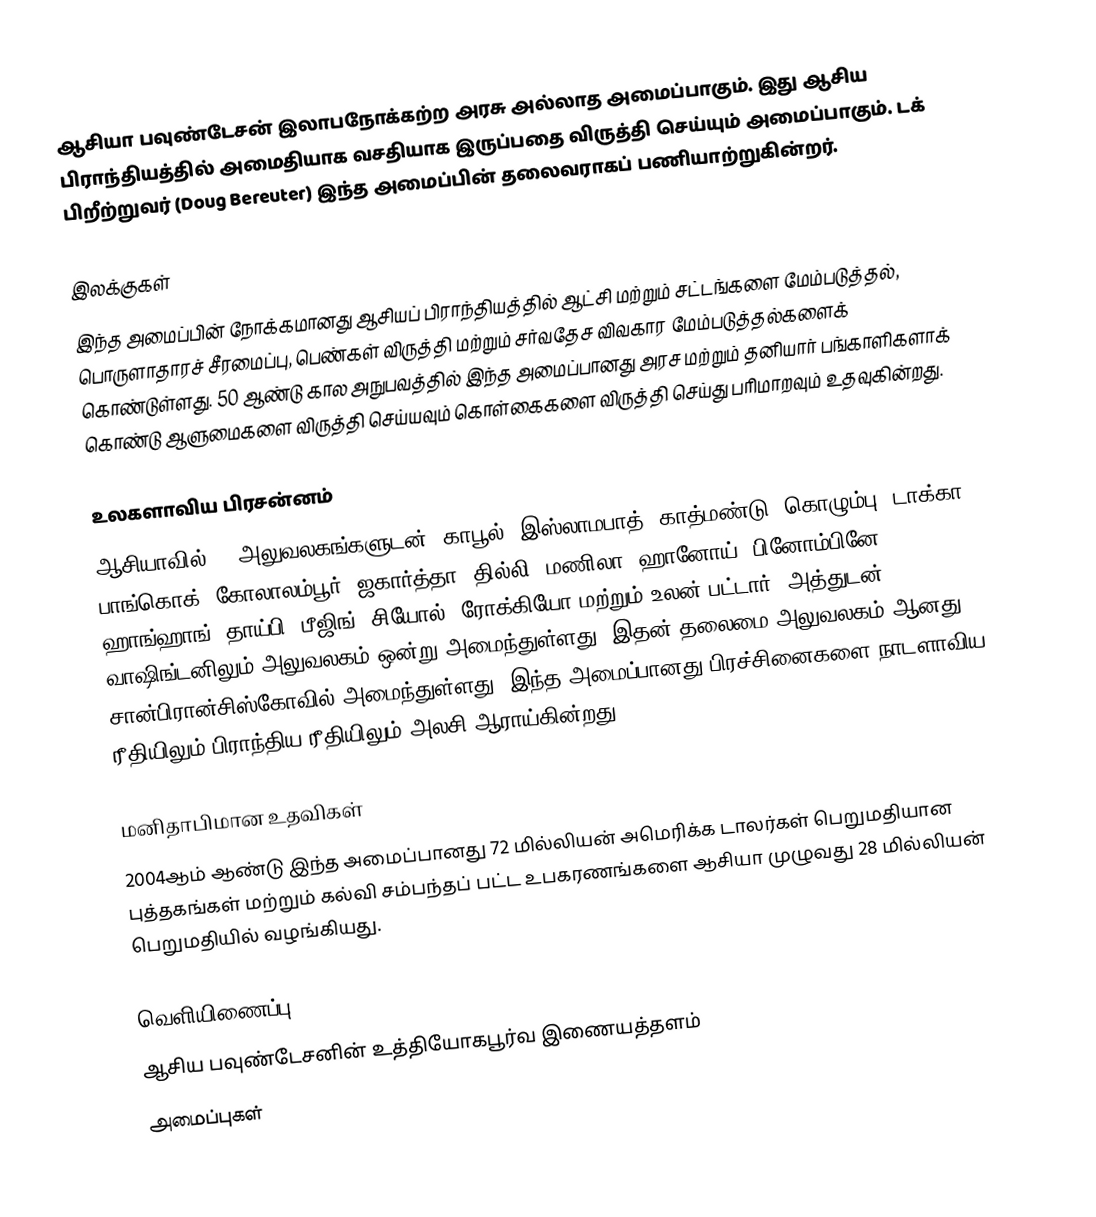
ஆசியா பவுண்டேசன் இலாபநோக்கற்ற அரசு அல்லாத அமைப்பாகும். இது ஆசிய பிராந்தியத்தில் அமைதியாக வசதியாக இருப்பதை விருத்தி செய்யும் அமைப்பாகும். டக் பிறீற்றுவர் (Doug Bereuter) இந்த அமைப்பின் தலைவராகப் பணியாற்றுகின்றர்.

இலக்குகள்
இந்த அமைப்பின் நோக்கமானது ஆசியப் பிராந்தியத்தில் ஆட்சி மற்றும் சட்டங்களை மேம்படுத்தல், பொருளாதாரச் சீரமைப்பு, பெண்கள் விருத்தி மற்றும் சர்வதேச விவகார மேம்படுத்தல்களைக் கொண்டுள்ளது. 50 ஆண்டு கால அநுபவத்தில் இந்த அமைப்பானது அரச மற்றும் தனியார் பங்காளிகளாக் கொண்டு ஆளுமைகளை விருத்தி செய்யவும் கொள்கைகளை விருத்தி செய்து பரிமாறவும் உதவுகின்றது.

உலகளாவிய பிரசன்னம்
ஆசியாவில் 18 அலுவலகங்களுடன் (காபூல், இஸ்லாமபாத், காத்மண்டு, கொழும்பு, டாக்கா, பாங்கொக், கோலாலம்பூர், ஜகார்த்தா, தில்லி, மணிலா, ஹானோய், பினோம்பினே, ஹாங்ஹாங், தாய்பி, பீஜிங், சியோல், ரோக்கியோ மற்றும் உலன் பட்டார்) அத்துடன் வாஷிங்டனிலும் அலுவலகம் ஒன்று அமைந்துள்ளது. இதன் தலைமை அலுவலகம் ஆனது சான்பிரான்சிஸ்கோவில் அமைந்துள்ளது. இந்த அமைப்பானது பிரச்சினைகளை நாடளாவிய ரீதியிலும் பிராந்திய ரீதியிலும் அலசி ஆராய்கின்றது.

மனிதாபிமான உதவிகள்
2004ஆம் ஆண்டு இந்த அமைப்பானது 72 மில்லியன் அமெரிக்க டாலர்கள் பெறுமதியான புத்தகங்கள் மற்றும் கல்வி சம்பந்தப் பட்ட உபகரணங்களை ஆசியா முழுவது 28 மில்லியன் பெறுமதியில் வழங்கியது.

வெளியிணைப்பு
 ஆசிய பவுண்டேசனின் உத்தியோகபூர்வ இணையத்தளம்
அமைப்புகள்